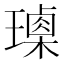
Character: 𤩰